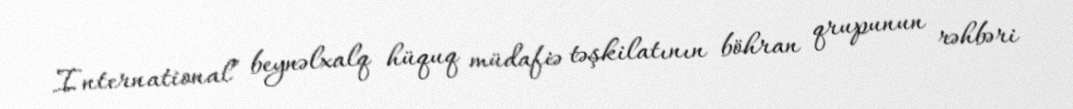
International” beynəlxalq hüquq müdafiə təşkilatının böhran qrupunun rəhbəri